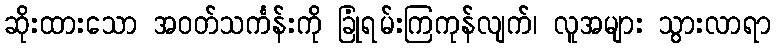
ဆိုးထားသော အဝတ်သင်္ကန်းကို ခြုံရမ်းကြကုန်လျက်၊ လူအများ သွားလာရာ